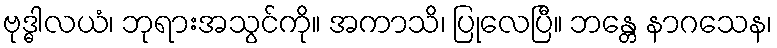
ဗုဒ္ဓါလယံ၊ ဘုရားအသွင်ကို။ အကာသိ၊ ပြုလေပြီ။ ဘန္တေ နာဂသေန၊